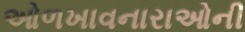
ઓળખાવનારાઓની